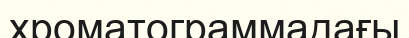
хроматограммадағы